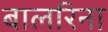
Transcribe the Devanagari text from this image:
बालरिना